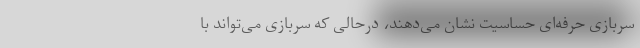
سربازی حرفه‌ای حساسیت نشان می‌دهند، درحالی که سربازی می‌تواند با